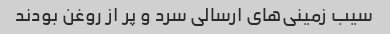
سیب زمینی‌های ارسالی سرد و پر از روغن بودند